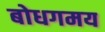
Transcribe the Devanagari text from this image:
बोधगमय